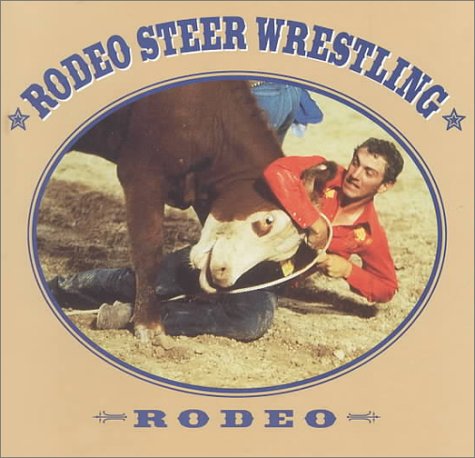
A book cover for Rodeo Steer Wrestling (Rodeo Discovery Library); Tex McLeese; Sports & Outdoors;